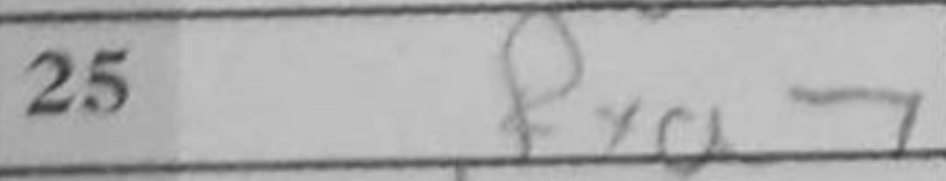
Transcription: Rxa7